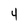
Character: 4